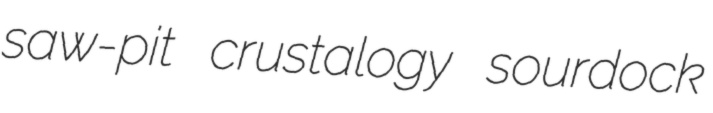
saw-pit crustalogy sourdock